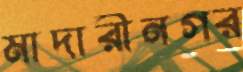
মাদারীনগর